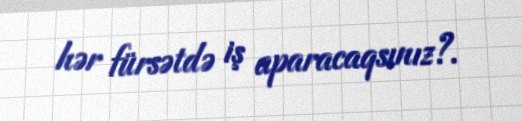
hər fürsətdə iş aparacaqsınız?.